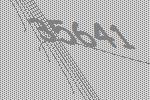
35641